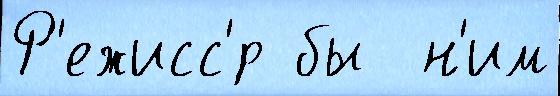
Р'ежисс'́р бы  н'им